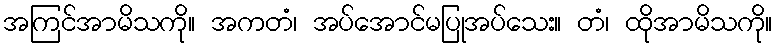
အကြင်အာမိသကို။ အကတံ၊ အပ်အောင်မပြုအပ်သေး။ တံ၊ ထိုအာမိသကို။